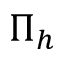
\Pi _ { h }